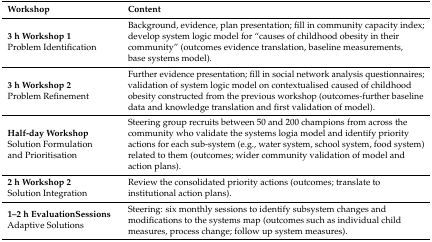
| Workshop | Content |
 | --- | --- |
 | 3 h Workshop 1Problem Identification | Background, evidence, plan presentation; fill in community capacity index; develop system logic model for “causes of childhood obesity in their community” (outcomes evidence translation, baseline measurements, base systems model). |
 | 3 hour Workshop 2Problem Refinement | Further evidence presentation; fill in social network analysis questionnaires; validation of system logic model on contextualised caused of childhood obesity constructed from the previous workshop (outcomes-further baseline data and knowledge translation and first validation of model). |
 | Half-day WorkshopSolution Formulation and Prioritisation | Steering group recruits between 50 and 200 champions from across the community who validate the systems logia model and identify priority actions for each sub-system (e.g., water system, school system, food system) related to them (outcomes; wider community validation of model and action plans). |
 | 2 h Workshop 2Solution Integration | Review the consolidated priority actions (outcomes; translate to institutional action plans). |
 | 1–2 h EvaluationSessionsAdaptive Solutions | Steering: six monthly sessions to identify subsystem changes and modifications to the systems map (outcomes such as individual child measures, process change; follow up system measures). |